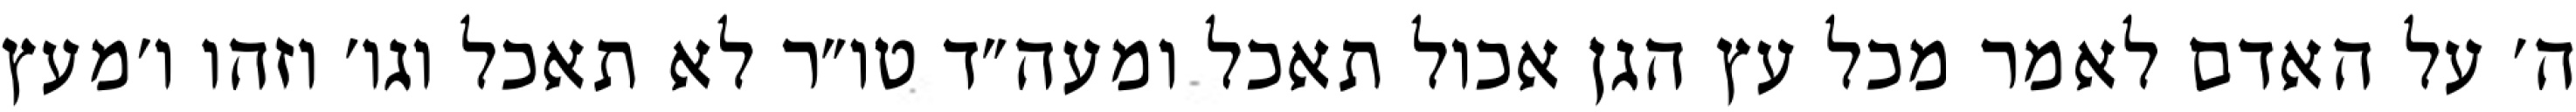
ה׳ על האדם לאמר מכל עץ הגן אכול תאכל ומעה״ד טו״ר לא תאכל וגו׳ וזהו ו׳מעץ